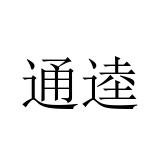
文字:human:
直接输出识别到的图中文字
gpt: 通逵